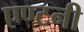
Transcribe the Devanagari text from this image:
एण्टनी